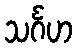
သင်္ဂဟ